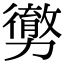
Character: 勶